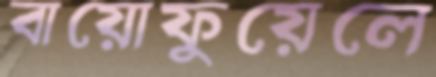
বায়োফুয়েলে